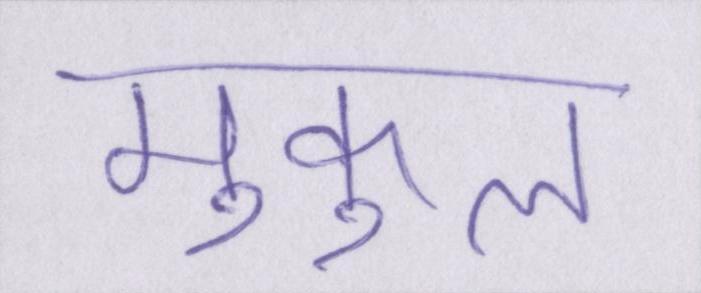
मुकुल